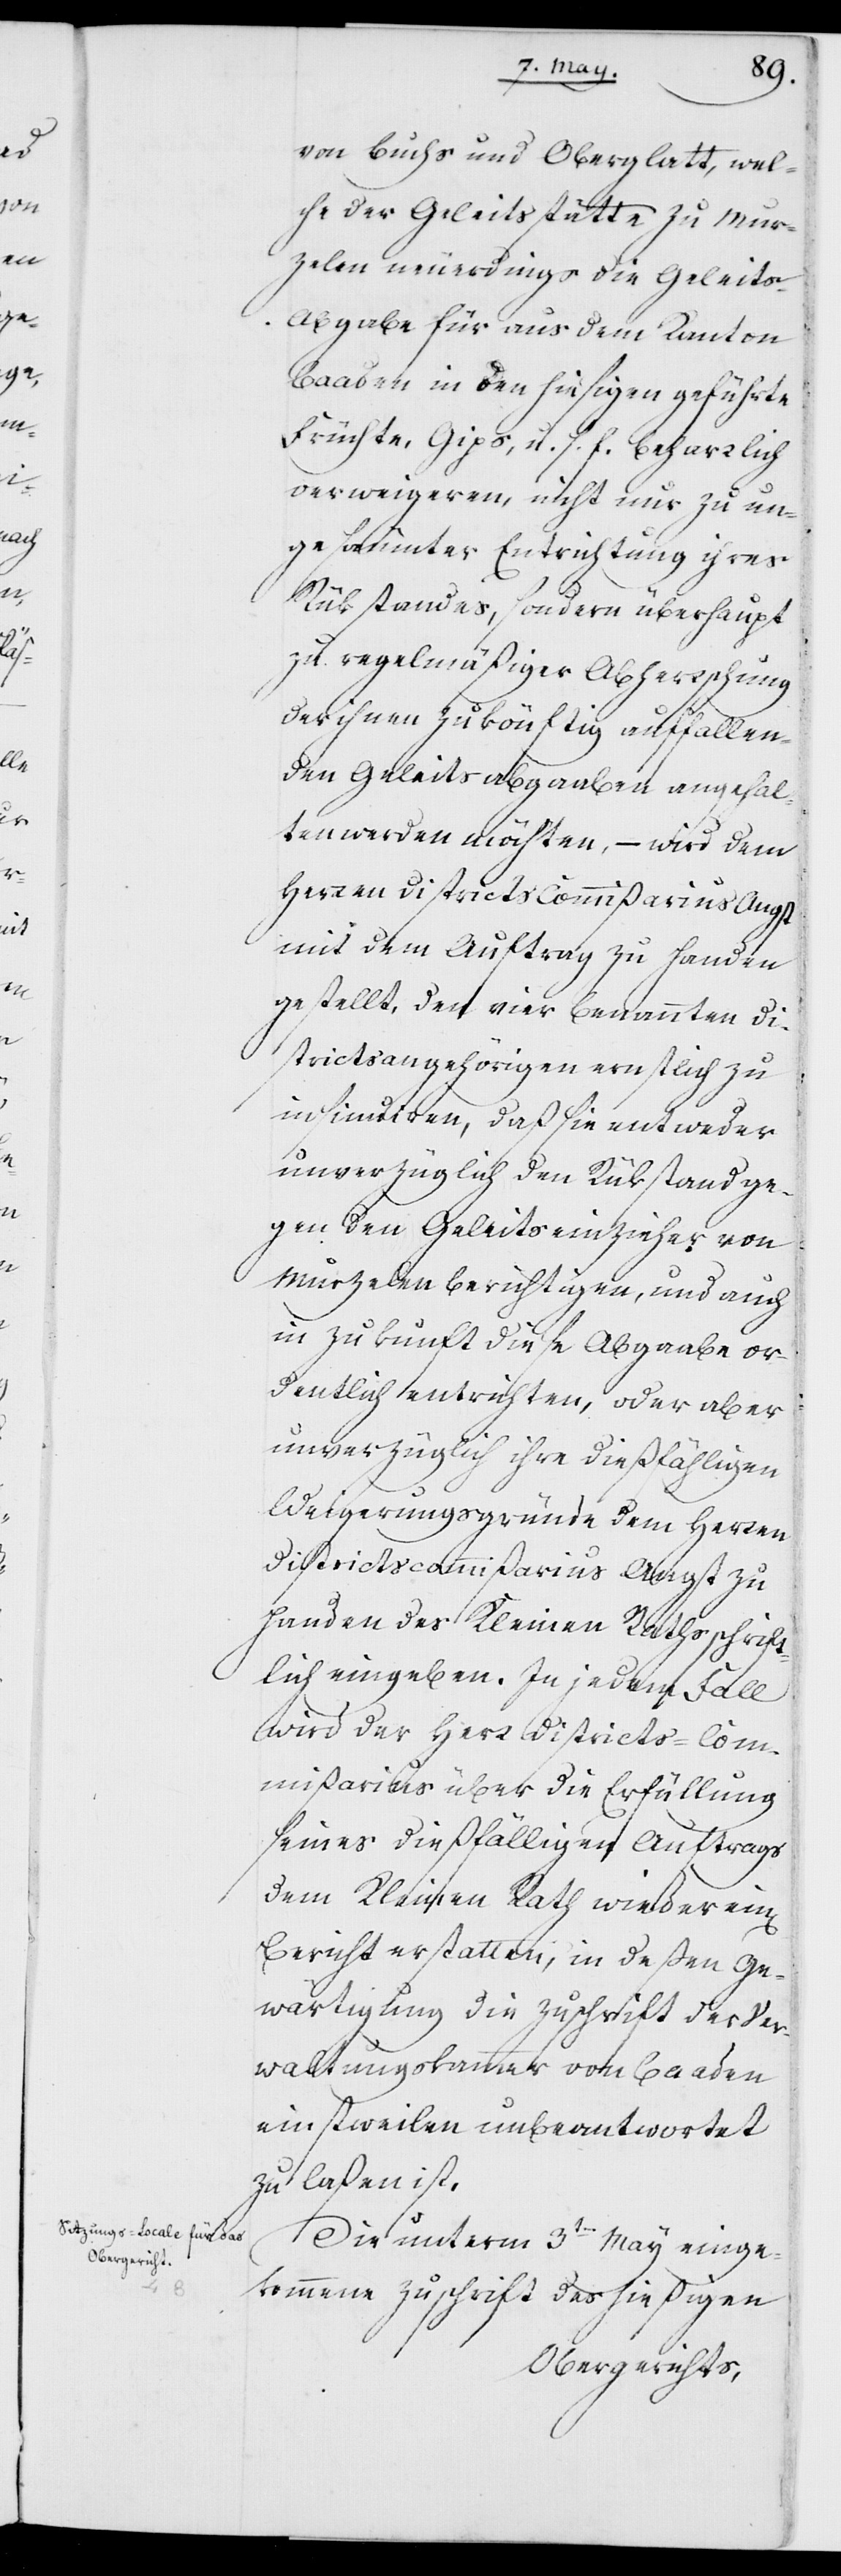
von Buchs und Oberglatt, wel¬
che der Geleitsstätte zu Mur¬
zelen neuerdings die Geleits-A¬
bgabe für aus dem Kanton
Baaden in den hiesigen geführte
Früchte, Gips, u. s. f. beharrlich
verweigeren, nicht nur zu un¬
geseumter Entrichtung ihres
Rükstandes, sondern überhaupt
zu regelmäßiger Abherrschung
der ihnen zukönftig auffallen¬
den Geleitsabgaaben angehal¬
ten werden möchten, – wird dem
Herren Districts Commißarius Angst
mit dem Auftrag zu Handen
gestellt, den vier benannten Di¬
strictsangehörigen ernstlich zu
insinuiren, daß sie entweder
unverzüglich den Rükstand ge¬
gen den Geleitseinzieher von
Murzelen berichtigen, und auch
in Zukunft diese Abgaabe or¬
dentlich entrichten, oder aber
unverzüglich ihre dießfälligen
Weigerungsgründe dem Herren
Districtscommißarius Angst zu
Handen des Kleinen Raths schrift¬
lich eingeben. In jedem Fall
wird der Herr Districts-Com¬
mißarius über die Erfüllung
seines dießfälligen Auftrags
dem Kleinen Rath wieder einen
Bericht erstatten, in deßen Ge¬
wärtigung die Zuschrift der Ver¬
waltungskammer von Baaden
einstweilen unbeantwortet
zu laßen ist.
Die unterm 3ten May einge¬
kommene Zuschrift des hießigen